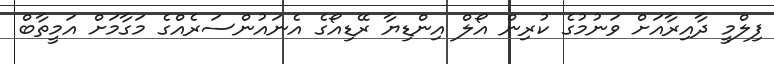
ފިލްމީ ދާއިރާއަށް ވަނުމުގެ ކުރިން އޯލް އިންޑިޔާ ރޭޑިއޯގެ އެނައުންސަރެއްގެ މަގާމަށް އަމީތާބް